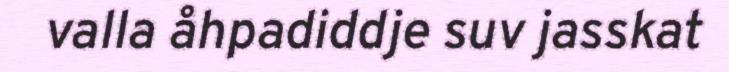
valla åhpadiddje suv jasskat